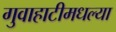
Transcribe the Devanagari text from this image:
गुवाहाटीमधल्या